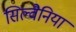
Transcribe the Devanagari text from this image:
सिल्वैनिया